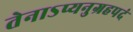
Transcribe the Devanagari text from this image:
तेनाऽप्यनुग्रहपदं